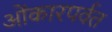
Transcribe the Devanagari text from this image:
ओंकारपर्वत